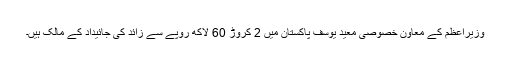
وزیراعظم کے معاون خصوصی معید یوسف پاکستان میں 2 کروڑ 60 لاکھ روپے سے زائد کی جائیداد کے مالک ہیں۔